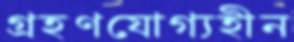
গ্রহণযোগ্যহীন